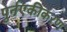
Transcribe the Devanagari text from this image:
पुर्नएकीकरण